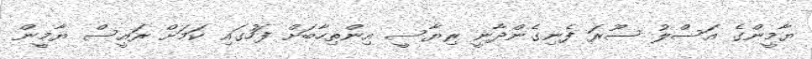
ޔާމީންގެ އަސްލު ސޫރަ ފެނިގެންދާނީ ރިޔާސީ އިންތިހާބަށް ފަހުގައި ކަމަށް ރައީސް ޔާމީން